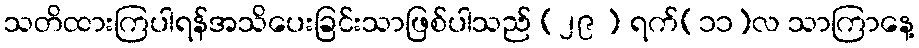
သတိထားကြပါရန်အသိပေးခြင်းသာဖြစ်ပါသည် (၂၉ ) ရက်(၁၁)လ သာကြာနေ့